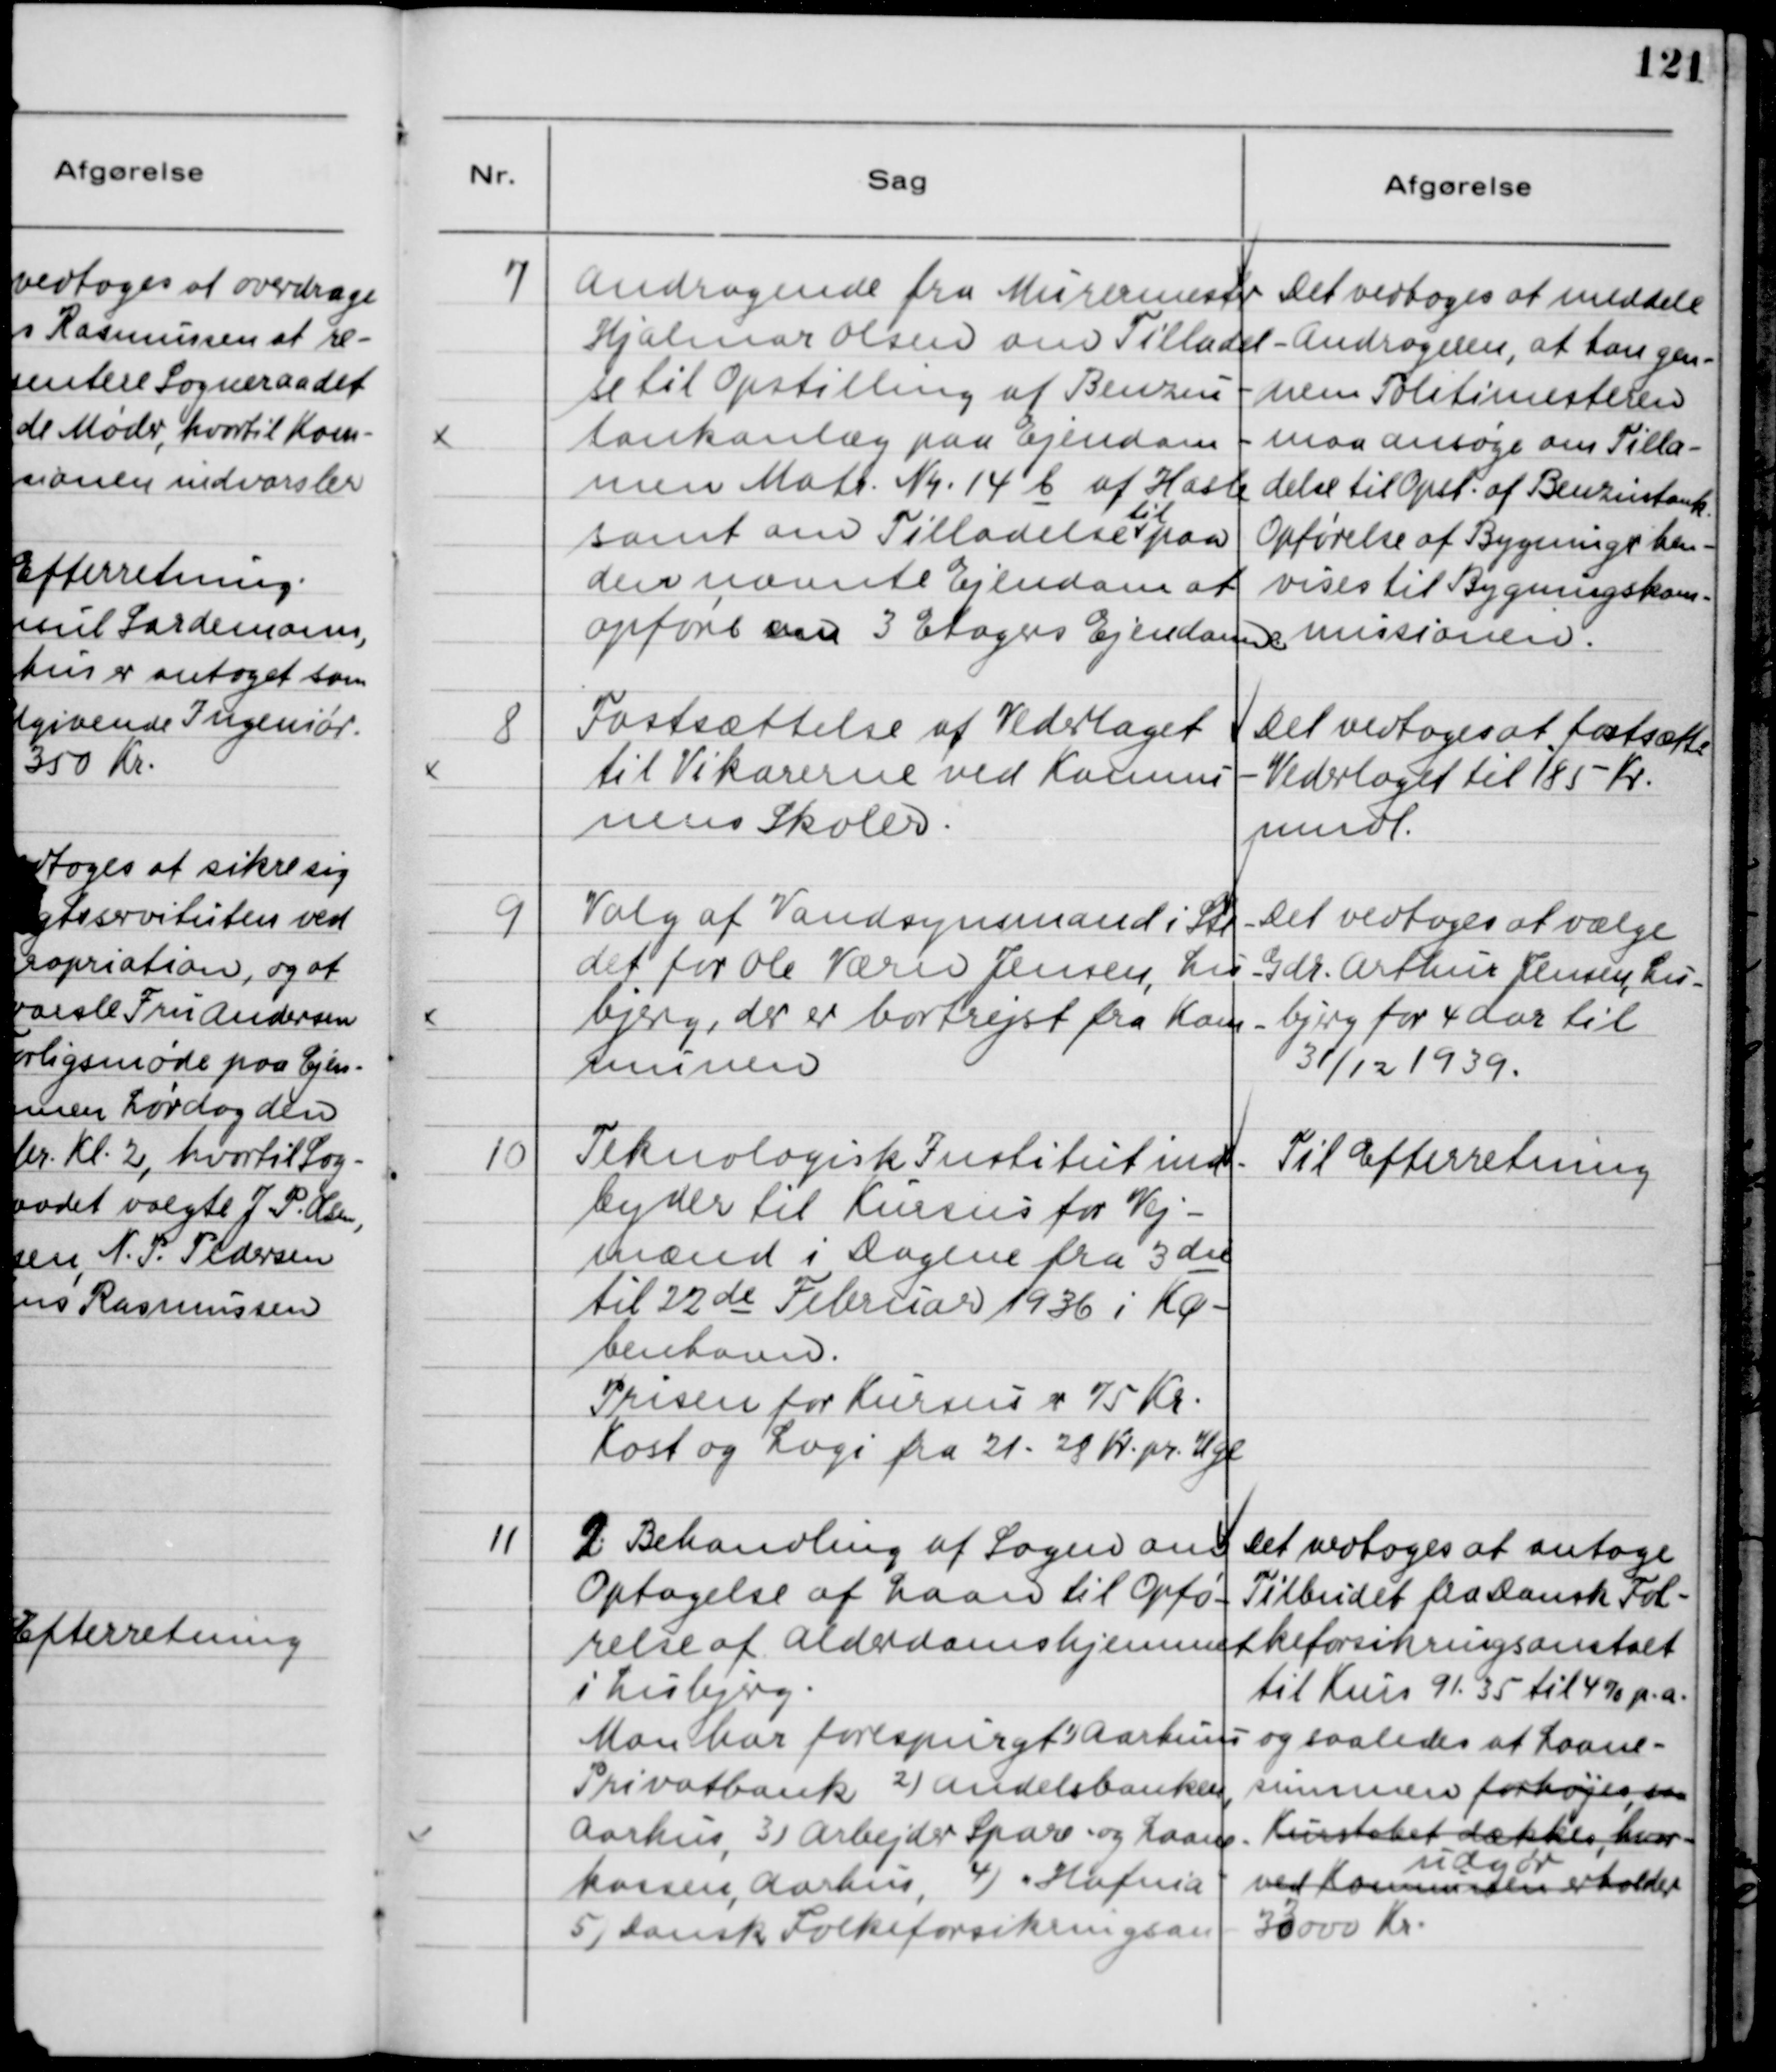
Transskription:
7
Andragende fra Murermester
Hjalmar Olsen om Tilladel-
se til Opstilling af Benzin-
tankanlæg paa Ejendom-
men Matr. Nr. 14 C af Hasle
samt om Tilladelse
til
paa
den nævnte Ejendom at
opføre en 3 Etagers Ejendom
Det vedtoges at meddele
Andrageren, at han gen-
nem Politimesteren
maa ansøge om Tilla-
delse til Opst. af Benzintank.
Opførelse af Bygning hen-
vises til Bygningskom-
missionen.
8
Fastsættelse af Vederlaget
til Vikarerne ved Kommu-
nens Skoler.
Det vedtoges at fastsætte
Vederlaget til 185 Kr.
mdl.
9
Valg af Vandsynsmand i Ste-
det for Ole Værn Jensen, Lis-
bjerg, der er bortrejst fra Kom-
munen.
Det vedtoges at vælge
Gdr. Arthur Jensen, Lis-
bjerg for 4 Aar til
31/12 1939.
10
Teknologisk Institut ind-
byder til Kursus for Vej-
mænd i Dagene fra 3die
til 22de Februar 1936 i Kø-
benhavn.
Prisen for Kursus er 75 Kr.
Kost og Logi fra 21-28 Kr. pr. Uge.
Til Efterretning.
11
2. Behandling af Sagen om
Optagelse af Laan til Opfø-
relse af Alderdomshjemmet
i Lisbjerg.
Man har forespurgt 1)Aarhus
Privatbank 2)Andelsbanken,
Aarhus, 3)Arbejder Spare og Laane-
kassen, Aarhus, 4)Hafnia
5)dansk Folkeforsikringsan.
Det vedtoges at antage
Tilbudet fra Dansk Fol-
keforsikringsanstalt
til Kurs 91. 35 til 4% p.a.
og saaledes at Laane-
summen forhøjes, saa
Kurstabet dækkes hvor
ved Kommunen erholder
udgør
33000 Kr.